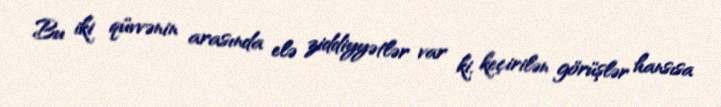
Bu iki qüvvənin arasında elə ziddiyyətlər var ki, keçirilən görüşlər hansısa